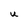
Character: U